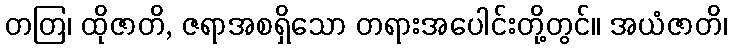
တတြ၊ ထိုဇာတိ, ဇရာအစရှိသော တရားအပေါင်းတို့တွင်။ အယံဇာတိ၊